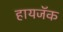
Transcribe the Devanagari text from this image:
हायजॅक